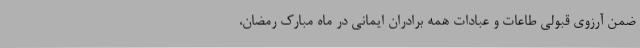
ضمن آرزوی قبولی طاعات و عبادات همه برادران ایمانی در ماه مبارک رمضان،